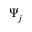
\Psi _ { j }